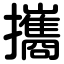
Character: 攜